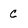
Character: C